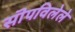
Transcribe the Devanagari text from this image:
सॊपविलेले